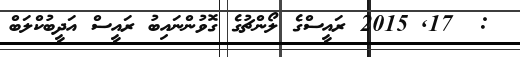
:  17